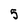
Character: 5